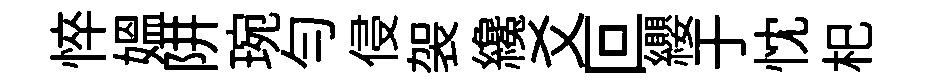
悴媪阱琬匀侵袈纔爻叵纓于忱𣏌